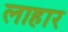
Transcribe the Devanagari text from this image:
लाहार